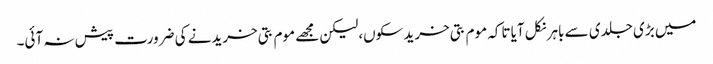
میں بڑی جلدی سے باہر نکل آیا تاکہ موم بتی خرید سکوں،لیکن مجھے موم بتی خریدنے کی ضرورت پیش نہ آئی۔